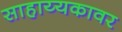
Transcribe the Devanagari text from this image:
साहाय्यकावर